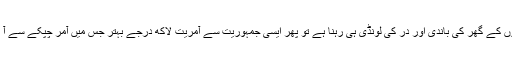
جب جمہوریت نے زورآوروں کے گھر کی باندی اور دَر کی لونڈی ہی رہنا ہے تو پھر ایسی جمہوریت سے آمریت لاکھ درجے بہتر جس میں آمر چپکے سے آ کر سب کچھ سنبھال لیتا ہے۔